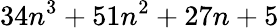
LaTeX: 34n^{3}+51n^{2}+27n+5